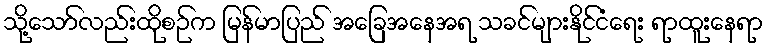
သို့သော်လည်းထိုစဉ်က မြန်မာပြည် အခြေအနေအရ သခင်များနိုင်ငံရေး ရာထူးနေရာ